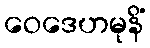
ဝေဒေဟမုနိံ